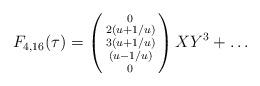
LaTeX: \begin{align*}F_{4,16}(\tau)=\left(\begin{smallmatrix}0\\2(u+1/u)\\3(u+1/u)\\(u-1/u)\\0\end{smallmatrix}\right)XY^3+\ldots\end{align*}